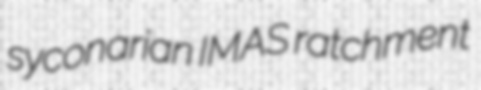
syconarian IMAS ratchment